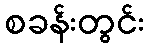
စခန်းတွင်း